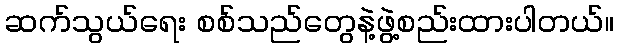
ဆက်သွယ်ရေး စစ်သည်တွေနဲ့ဖွဲ့စည်းထားပါတယ်။